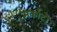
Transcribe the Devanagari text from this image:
मर्काटो